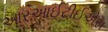
આરઆઈટીઈએસ